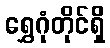
ရွှေဂုံတိုင်ရှိ